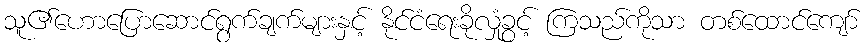
သူ၏ဟောပြောဆောင်ရွက်ချက်များနှင့် နိုင်ငံရေးခိုလှုံခွင့် ကြသည်ကိုသာ တစ်ထောင်ကျော်